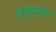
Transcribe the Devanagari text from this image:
तहफत